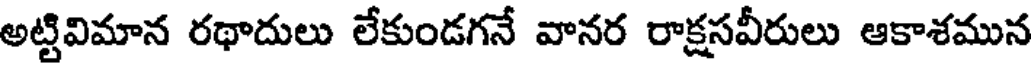
అట్టివిమాన రథాదులు లేకుండగనే వానర రాక్షసవీరులు ఆకాశమున